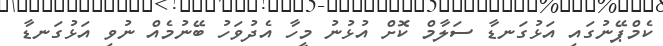
ކެމްޕޭނުގައި އަޅުގަނޑާ ސަލާމް ކޮށް އުޅުނު މީހާ އެދުވަހު ބޭނުމެއް ނުވި އަޅުގަނޑާ